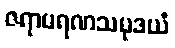
ဇရာမရဏသမုဒယံ